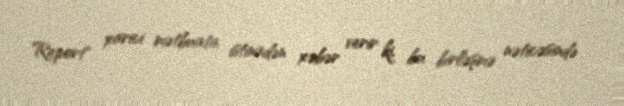
Report" xarici mətbuata istinadən xəbər verir ki, bu birləşmə nəticəsində